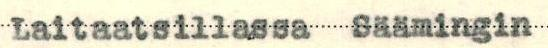
Laitaatsillassa Säämingin